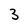
Character: 3